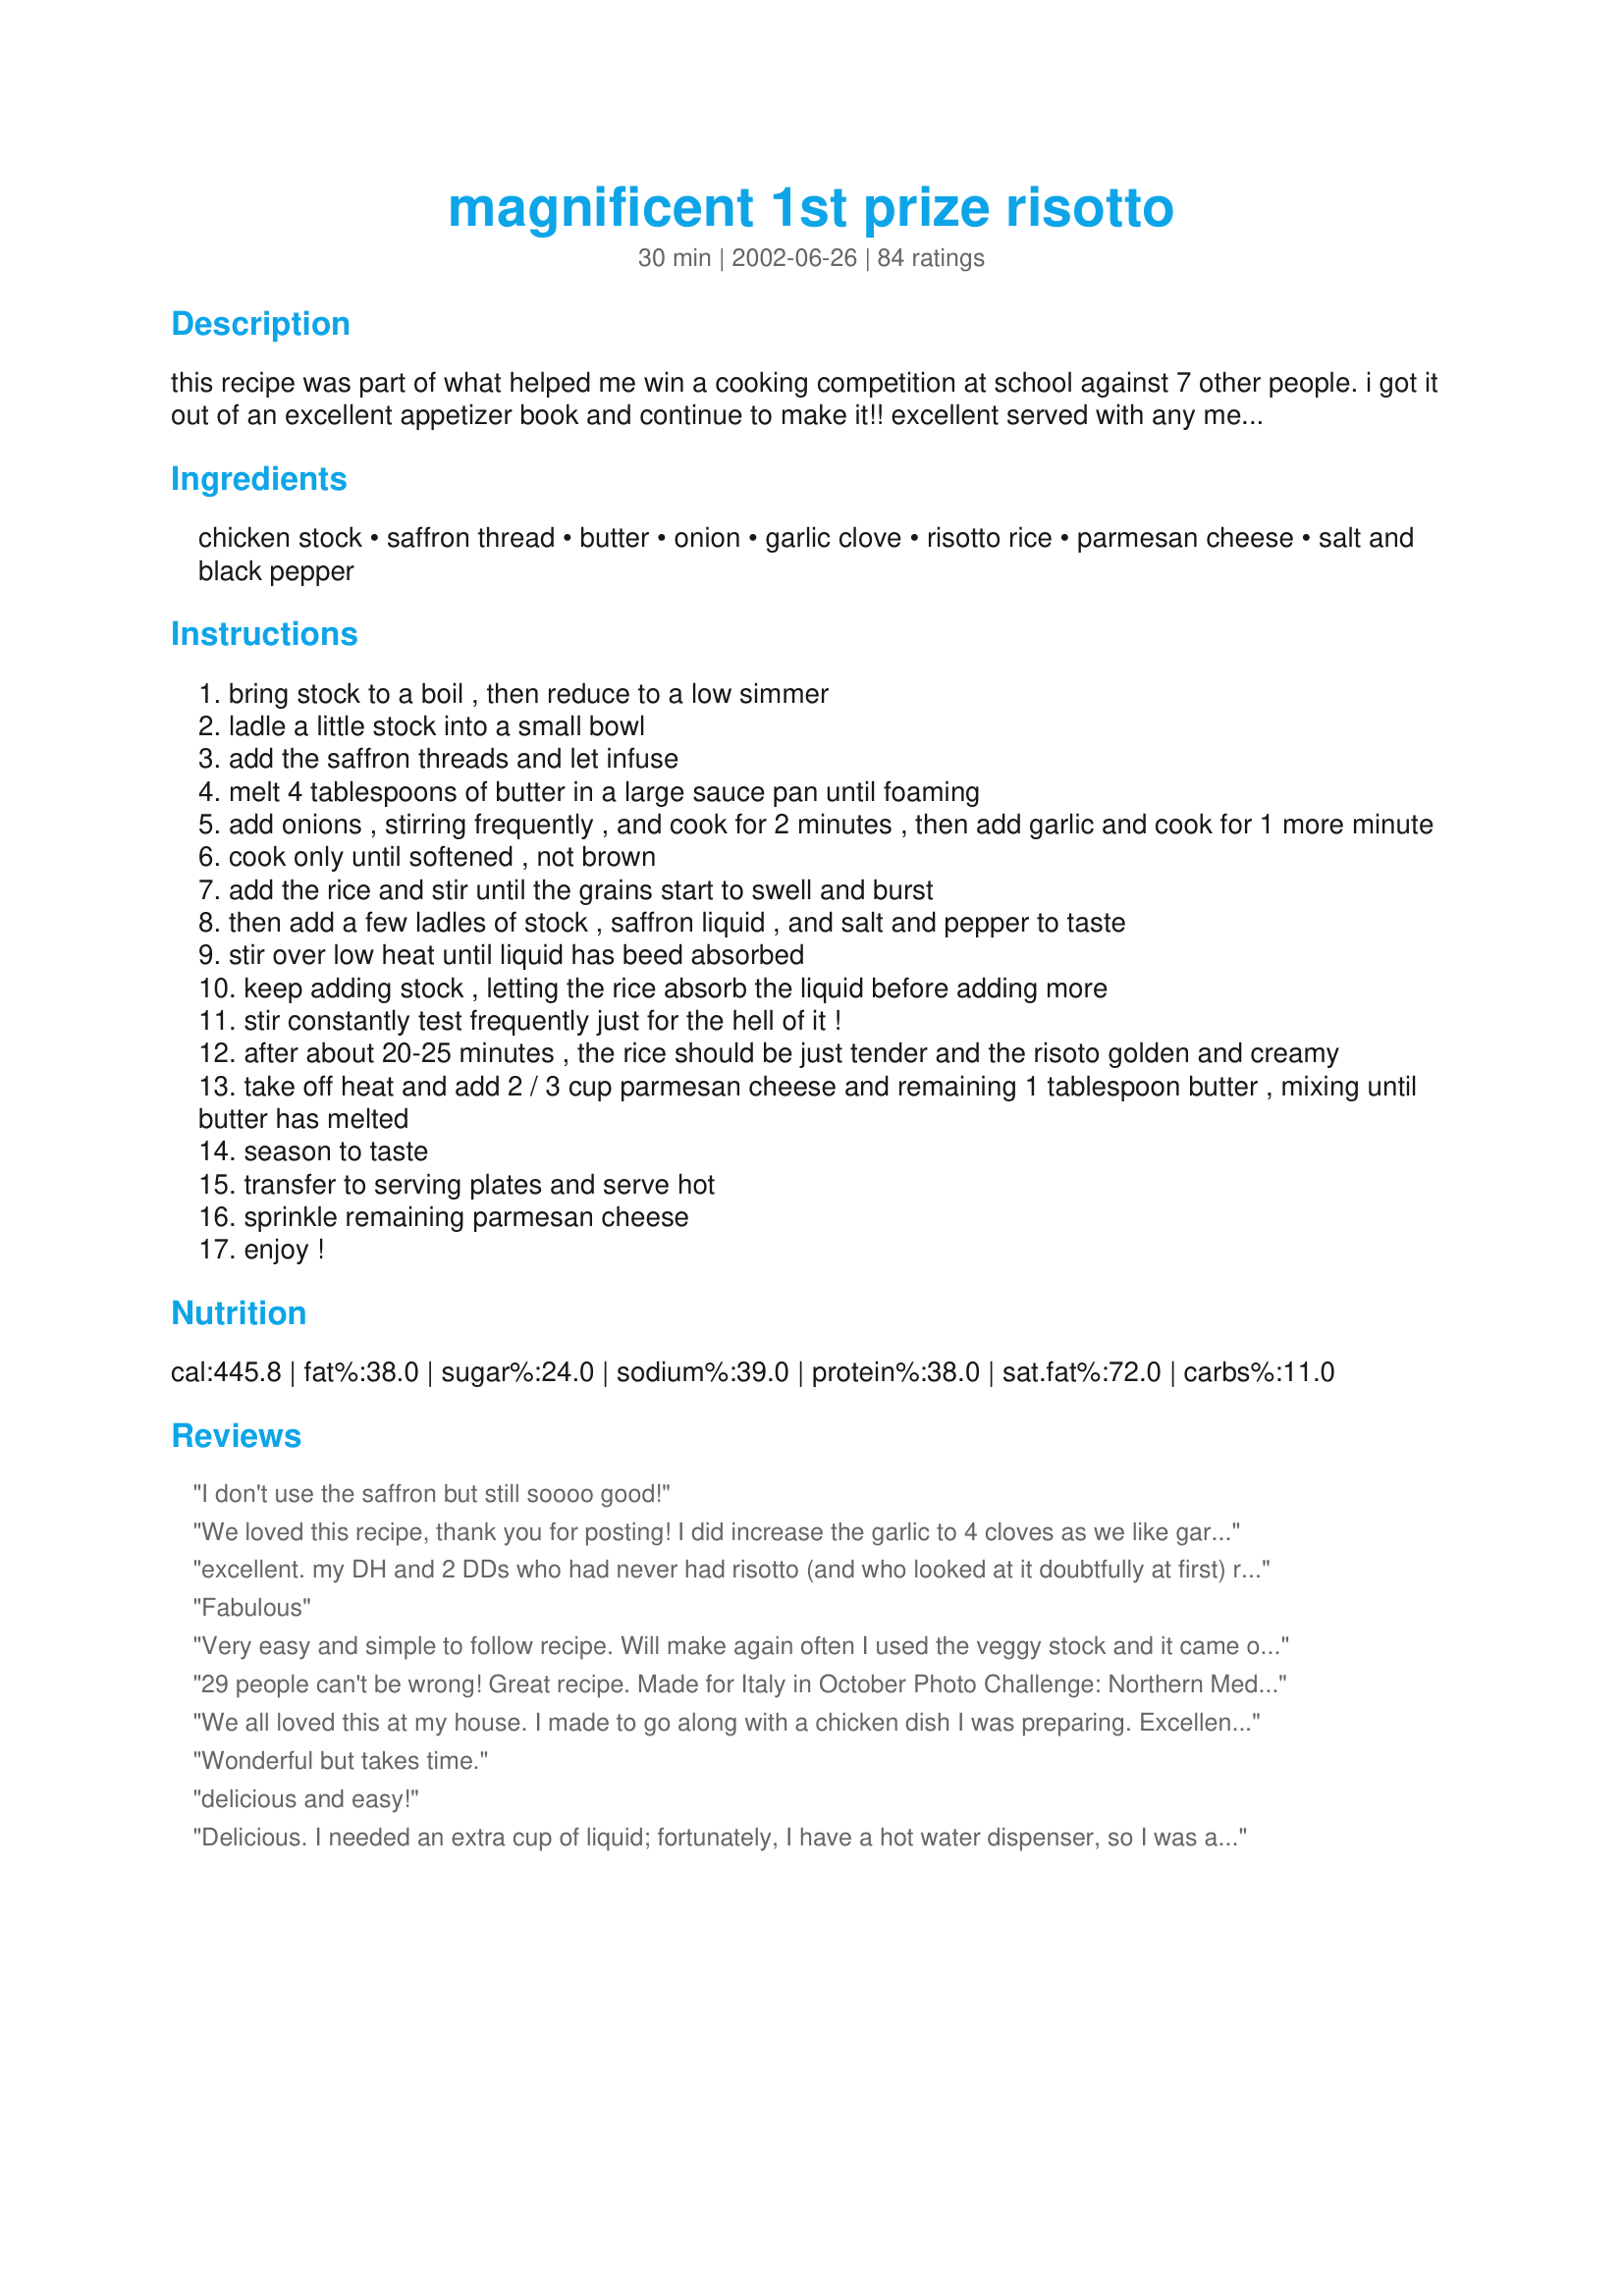
magnificent 1st prize risotto
Preparation time: 30 minutes

this recipe was part of what helped me win a cooking competition at school against 7 other people. i got it out of an excellent appetizer book and continue to make it!! excellent served with any meal. (vegetarians can substitute vegetable stock for chicken stock)

Ingredients:
chicken stock, saffron thread, butter, onion, garlic clove, risotto rice, parmesan cheese, salt and black pepper

Steps:
bring stock to a boil , then reduce to a low simmer
ladle a little stock into a small bowl
add the saffron threads and let infuse
melt 4 tablespoons of butter in a large sauce pan until foaming
add onions , stirring frequently , and cook for 2 minutes , then add garlic and cook for 1 more minute
cook only until softened , not brown
add the rice and stir until the grains start to swell and burst
then add a few ladles of stock , saffron liquid , and salt and pepper to taste
stir over low heat until liquid has beed absorbed
keep adding stock , letting the rice absorb the liquid before adding more
stir constantly test frequently just for the hell of it !
after about 20-25 minutes , the rice should be just tender and the risoto golden and creamy
take off heat and add 2 / 3 cup parmesan cheese and remaining 1 tablespoon butter , mixing until butter has melted
season to taste
transfer to serving plates and serve hot
sprinkle remaining parmesan cheese
enjoy !

Reviews:
I don't use the saffron but still soooo good!
We loved this recipe, thank you for posting! I did increase the garlic to 4 cloves as we like garlic a lot! Hubby asked for this again- always a good sign! The 5 cups of stock was spot on.
excellent. my DH and 2 DDs who had never had risotto (and who looked at it doubtfully at first) really enjoyed it. directions were clear and this was easy to make. not cheap, however.
Fabulous
Very easy and simple to follow recipe. Will make again often I used the veggy stock and it came out creamy and flavorful not too salty.
29 people can't be wrong! Great recipe. Made for Italy in October Photo Challenge: Northern Mediterranean
We all loved this at my house. I made to go along with a chicken dish I was preparing. Excellent easy recipe and one that you can work with and change around to your liking by adding things and changing up the stocks. Thank you for sharing Mallina. Elaine
Wonderful but takes time.
delicious and easy!
Delicious. I needed an extra cup of liquid; fortunately, I have a hot water dispenser, so I was able to pull 195 degree water on no notice. I added 1/4 c Pinot Grigio before adding the stock, and I kept the saffron liquid until the very end (if you overcook the saffron, it tastes metallic and medicinal).
Thanks for sharing a really good risotto recipe, everyone loved it.
This recipe was really good. i just added some herbs and it turned out great.
This risotto is so good! I omit the saffron threads, because I can't seem to find them and they're so expensive, and it's still absolutely wonderful. My boyfriend loves it as well, and is always asking me to make it! Thanks for the great recipe!
WOW!! Delicious!!
This is beautiful. It truly is lovely, creamy, and tasty. And I could see adding in other veggies like sweet peas or roasted asparagus or portabellas.
This is a great, basic risotto recipe that can be embellished or jazzed up many different ways. Definitely a keeper.
you have moved from "need to try" cookbook to "tried and true"! This is my 1st ever risotto. And I did it! This was loved by all- I probably could've used one more ladel of stock but I did cook it faster than suggested because we were hungry :-)! Served this along side my own seared scallops w/ asian dipping sauce. Thanks for making me a great risotto chef- for someone addicted to Hell's Kitchen and envious of the risottos I now have the courage to try it more often! KUDOS!!!!!!
I made this on Valentines Day for my son and husband. They loved it! I would make a half recipe next time because it was so rich. I also used 4 cups of stock with 1 cup of wine so I wouldn't have to open up another box of stock. I paired it with Sara Moulten's Pork Tournados with Prosciutto and Sage. It only took 30 minutes to make and they thought they were in a restaurant.
No wonder you got first prize; this really is the business, Mallina. I think the secret is adding the stock little by little. Thank you,this will be a regular..
I love Risotto.This recipie is great! I did add 1/2 cup of chopped fresh mushrooms with the rice, and 1/4 cup of sherry with the broth, but that's just personal preference. Bravo Peanut!
Perfect. Loved the saffron. Thanks!
AMAZING!...and surprisingly easy. I can't wait to make it again. I like some of the suggestions made by others, in terms of adding wine or other flavours...YUM!
Delicious! Used 1 litre of chicken stock and 12 cl of white wine for the liquid and stirred and stirred and stirred. ;-) Served with lamb and mint sauce - an excellent dinner. Thank you Mallina!
Yep. This is prize winning for sure! I made this using homemade vegetable stock. I keep a freezer bag full of leftover vegetable scraps (kept frozen). Since I was home all day, I let the frozen scraps simmer in a pot of boiling water, so the stock was nice and hot by the time I made the risotto. Yes, you have to add one ladle at a time and you must &quot;baby-sit&quot; it, but that&#039;s what makes this recipe prize winning. I also used fresh cheese, well worth it.
First time making risotto. This was yummy! I think I liked the taste even better before adding the Parmesan. So I may just cut back on the amount of Parm to 1/2 cup next time.
I first tried this recipe as is, with no substitutes, and it was absolutely delicious! I then did it using beef broth, and keeping all else as is, and it was absolutely delicious as well. This is now my standard base recipe which I will add or substitute, but it's the one I start with, and it just keeps being delicious! Thank you so much for posting.
Delicious! We've never made risotto before, but we will make this again. Except for warming the stock, we used a rice cooker, even sauteing the butter and onions in the cooker. We did not worry about adding the stock slowly and stirring frequently. It turned out beautifully anyway. The saffron was really expensive, so I'm glad we liked this, so we can use up that saffron!
ABSOLUTELY SUBLIME!!! This was just an easy to make but so delicious version of risotto. The saffron threads totally make the difference as does fresh shredded parm. My husband inhaled the entire serving. I think that I added the stock too quickly so it wasn&#039;t as creamy as the author&#039;s but will try again next it preparation. Either way, it was just a fabulous recipe and definitely needs to made often in this house!
Takes time, but easy, fairly cheap, and restuarant quality results. The first time I made it I topped it with grilled squid. The second time, sautéed mushrooms. I did use less butter overall, with no bad effects and 1 cup of white wine in with the bouillon, which you can really taste in the final product, so don't do this if you don't like the taste of white wine.
Delicious and creamy risotto! Adding the stock a little at a time and stirring constantly is the key. I served it with my Spicy Red Fish Stew. Thank you!
Very tasty and the directions were easy to follow. I made it as written this time, but I'm sure other additions would be great too.
This is really good. this was my first time making risotta and I was a bit nervous. Not sure why, this came together easily and it was yummy. I will continue to make this, thank you for sharing and introducing me to risotto at home.
OMG! This was so good and so incredibly easy. The flavours are so good and consistency was perfect. You definitely don't want to turn your back on this one for more than 10 seconds or it's ruined. I made this with a baked salmon and baby peas...fabulous! A definite keeper
Mmmmmmm, creamy! I added the zest and juice of 1/2 a lemon. Definately the star of the meal! Thanks
It was delicious. Well worth the work and I will read through these comments before making it again as they sound like solid suggestions. This was my first time and was pleased by the results. A hit with my family.
Wow! That was amazing. I used it as a base risotto recipe, upped the garlic one clove and then just started adding things towards the end. Left out the cheese and used some homemade spinach/basil pesto and zucchini along with some shredded chicken breast. My husband and I love trying new foods and this is now on the list. Time-consuming with all the stiring, but worth every second. YUMMY!
This was delicious! Really yum! I found the parmesan made it a little salty, but quite possibly that was caused by the cheap stuff I used. Would definitely make again as it was even good cold the next day for lunch!
Very easy to make. I liked it a lot. I could eat a ton of it! My family, however, not as much, which is why 4 stars.
This was grand. The addition of saffron gave the rice a wonderful flavor and a beautiful color. I'll be making this one again.
Nothing exciting...
This was a really delicious risotto. I used my homemade chicken stock and the infused saffron gave a wonderful subtle yet distinct flavour with a glorious colour. It's important not to skimp on the final step of adding butter and parmesan because it makes all the difference in the creaminess. After that I put the lid back on and just let it sit untouched for 2 minutes before serving. Fantastic, simple recipe, thanks for sharing.
Absolutely fantastic! My husband told me he hated ristto but I persuaded him to try some when I made this and he is converted (not an easy task). We have had this regularly since and will continue to do so! Thank you for posting this recipe :D
My family just didn't really care for it. The recipe instructions are easy to follow.
Delish! This is a really yummy and traditional-style risotto. Really easy to also use add-ins- ham, mushrooms, broccoli florets, etc. would be great. The saffron and garlic REALLY help add flavor, so don't skip!
Perfect, Perfect, Perfect! This is a tasty risotto. I used fresh parmesan, which gave the risotto a great creamy texture.
I did not use the saffron (though I will next time), and it was still fabulous. My boyfriend and I prepared recipe #31567 "Salmon with Pistachio Basil Butter" and served it on top of the Risotto. This was one fabulous dinner!
Delicious!!! I had the saffron on hand so I used it, and it definitely added a nice dimension to the flavor. I only had broth, not stock, and it worked just fine - I ended up using around 5.5 - 6 cups, it took around 40 minutes to cook. This is definitely going in the keeper file!
This was my first attempt at making risotto and the results were fabulous! I will definitely be making this again!
This was so delicious. I made it at the spur of the moment for some dinner guests. I added some grilled shrimp to the top, it was a hit. I will definitely make this again. It was easy, and tasty. I didn't have saffron, but I added some parsley flakes for color.
I decided not to rate this at this time because I am probably the culprit of the failure.

Ok my first attempt to make risotto before this recipe was pretty much a failure. I had some risotto in the cabinets crying out for me to try again. This recipe has been sitting in my wanting to try list for a bit... here it goes.

First, I was unsure what risotto swelling and bursting might encompass. I waited for a sign thinking something like rice crispies or popcorn. When they started to toast, I figured I better start adding the liquid. 

Second mistake, I had broth not stock. 

Once all but a quarter cup of the liquid was in asborbed, I still had some pretty hard risotto. I popped a lid on it and turned the heat on very low in hopes of saving it.

After having the lid sit on it for over 25 minutes on low heat. I still had a very crunchy risotto.

Mistake number three.. I had been grating Romano not parmesan cheese. 

I am not sure if my risotto is old and causing this. The broth around the crunch was wonderful. I am going to try this again with a different brand. If that does not work, I will try with a different cook.
This is pretty much the way I've been making risotto for years (sans saffron). Like Dug mentioned, I also dose it with a hefty swig of dry white wine.


This was my first attempt at riotto and I was oh so pleased! I followed the recipe exactly and served it as a side with parmesan crusted salmon. My husband raved and we ate until stuffed. Thanks for the great recipe..will use again!
This was really good. The saffron really adds a nice color and flavor. We served this with grilled salmon and it was a great match.
Rich, creamy and delicious. I lost track of how much broth I was putting into it because I kept laddling the broth in from the pot of chicken and broth I was cooking. I also added 10oz of chopped mushroom and about 1.5 cups of frozen peas. My family loved it. The four of us the whole thing. Yummy. Thank you for the wonderful recipe. It's a keeper.
The easiest risotto i have ever made, and with the best taste!! I made mushrooms to go with mine on the side and then added them on top and it was absolutely WONDERFUL!!!!
Good risotto....took a little longer than 30 minutes to cook, and a little too much Parmesan for our tastes, but it was indeed nice and creamy once it was finally done.
I found this a bit sickly after a few mouthfuls but as a small side serving this was great creamy and the cheese was just right. My family too loved this so maybe it was just me who found it sickly.
The recipe was easy to follow so thanks for a great side dish
Delish, first time making Risotto and it was perfection, thanks for a keeper!!
Delicious. I added a cup of Riesling (in addition to the 5 cups of broth). Definitely worth preparing again.
Wonderful side dish. Went great with our pork and spinach salad
Perfect! Just like my Nonni used to make.
YUM! This was just fatastic!! This will be made often in our home from now on...thanks for sharing!!
This is a great risotto recipe! I didn&#039;t have the saffron so I left it out and I added four garlic cloves instead of one. I turned out delicious! I will definitely make this again!
I had been leery in the past about making risotto. I heard horror stories about how much work it was, and all the mixing involved. This was the first recipe I used, and the one I will continue to stick with! The risotto came out phenomenal. Unfortunately, I couldn't find saffron, but even without, it was delicious. My boyfriend begs me to make this more often - definitely a 5 star recipe. I'd definitely love to try using saffron (if I can locate it!! many of the stores by me do not carry it) next time.
This was incredibly easy to make and delicious! I didn't have any onions (what??? who doesn't have onions on hand?), so I just left them out. I used a blend of shredded romano, parmesan and asiago cheeses and sprinkled some chopped walnuts on top of each serving. Thanks for posting! Its a keeper!!!
This was really, really good! I only had beef stock on hand, but it was still really really good. I left out the extra salt since the Parmesan is salty enough. Good recipe! Thanks!
Fantastic. I've only heard of risotto on "Hell's Kitchen" show which would scare anyone from trying it. But this was easy and with simple ingredients. (Although standing by the stove and stirring does get a little old.) I used green onion and skipped the saffron thread as I didn't have any. Will try again with this ingredient. It was a little salty for my taste so I will skip the additional salt next time. Did not add additional parmesan ... just kept it to 2/3. Thanks... this was great!
Magnificent! Wonderful! I cut the recipe in half and used 2 garlic cloves and 1 small onion. I also added 1/2 cup frozen green peas during the last 10 minutes of cooking. Amazing flavour! Thanks for sharing!!
This was my first risotto, and I am so glad I tried your recipe. It turned out perfect! I cannot wait to make it again. Very creamy, smooth and flavorful. I did not have saffron, but will try it again with it.
I love this recipe, it comes out perfect every single time. Thank you!!!
i love risotto and this recipe did not disappoint. Clear and easy directions, made as written and it was YUMMY! Thanks for posting!
Very very good and easy risotto recipe - this is my new basic risotto recipe now! I skipped the saffron and doubled the garlic, it was a big hit. Thanks for posting.
Wow, wow, double-wow! I'm a big risotto fan, so I couldn't resist serving this along with Salmon with Pistachio Basil Butter. The combination was a blast, my guests had nothing but praise for my cooking! I thought that the salmon-pistachio flavor would overpower the risotto but in fact it was the opposite: the saffron and the parmesan cheese strengthened the risotto's flavor and perfumed the kitchen and the dining room with their subtle aroma. I nearly doubled all ingredients (except the saffron) for five people and it got devoured in minutes! I cooked the risotto in a large nonstick skillet instead of a sauce pan but other than that I followed the recipe exactly. Thanks for this fabulous recipe!
This is a great risotto recipe! I only added 4 cups of chicken stock (one box) and 4 T of butter. This was so great with Shrimp Fra Diavolo over it (Giada's recipe on foodnetwork.com)!!
Turned out Great! I used veggie broth and just needed to use about a cup more to keep it from going dry. Loved how all the flavors came together. Thanks or sharing the recipe.
We loved this risotto....but I only used 1/2 cup of parmesan cheese and it was plenty rich for us. I served this with Rita's Osso Buco (54107) and this was devine. I would do this one again!!
Made this last night and it was great. Instructions were easy to follow. Very creamy, had it on the side with some chicken and green beans. Will keep this recipe and use it often. Thanks.
I am always pleased when I try a new recipe and it turns out well the first try. This recipe is easy and tasty. The parmesan cheese I used added a salty taste. Next time I will try a better quality cheese. I reduced the given cheese amount by maybe a 1/4 cup to adjust for the saltiness. My family enjoyed the risotto very much as a side dish. It was also very good leftover. I sauteed some mushrooms in butter and reheated the rice in the same pan for an evening meal and it was very good the second time around. Nice recipe. Thanks.
My kids just loved this and came back for seconds. My hubby added chicken to his. Will be cooking this again. Thank you
I held a dinner party for some girlfriends, several of which are vegetarian. Being a student I didn't have enough space around our dining table to entertain, so had to find a menu suitable for a carpet picnic! This recipe was perfect. I used a vegetable stock cube, and served it with hot baguettes. mmmmm
Absolutely the best risotto I have ever had. I substitute vegetable broth for the chicken stock and cook according to directions. Towards the end, I add asparagus, peas, cucumber, carrots and cook through. I also double the garlic. Adding cooked and cubed chicken breast is also a nice addition (when cooking for the non-vegetarians). Delicious!
Congratulations! Yes, it is "First Prize Winner" I made the Magnificent 1st Prize Risotto last night for dinner and it was delicious. I served it with Shrimp Scampi and sauteed spinach. This recipe is now in my family cookbook and will be served with all my seafood dishes. The risotto was easy to make. Be sure you have plenty of time and love to put into the dish and a promise of risotto perfection will tantalize your taste buds. Thank you for sharing. Yum...
I made risotto for the first time last night and it was the best I ever had!! It was easy to make and was better than anything I've had in a restaurant!!!
My wife loves risotto. I made this for her and she loved it. It was very tasty and easy to do.
Thanks.
Wow, this really is a great risotto! I enjoyed it a lot! It is creamy, flavourful and very easy to make too. I only made two servings using only 1 tbs of butter and changing the chicken stock to veggie broth. I will definitely make this again!<br/>THANK YOU SO MUCH for sharing this winner with us, Mallina Cashew!<br/>Made and reviewed for "Help a naked recipe" September 2012.
